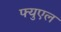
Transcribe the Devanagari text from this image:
फ्युएल